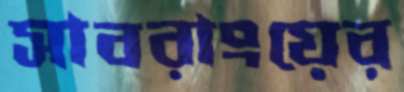
সাবরাংয়ের